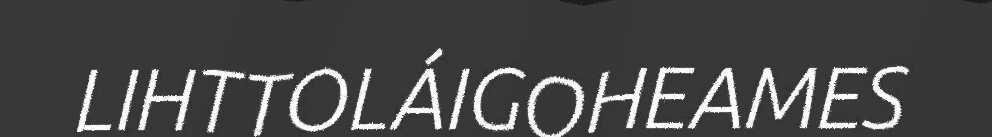
LIHTTOLÁIGOHEAMES